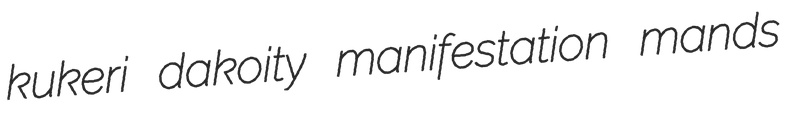
kukeri dakoity manifestation mands